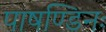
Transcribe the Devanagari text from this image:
पाषण्डिनः